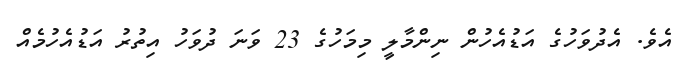
އެވެ. އެދުވަހުގެ އަޑުއެހުން ނިންމާލީ މިމަހުގެ 23 ވަނަ ދުވަހު އިތުރު އަޑުއެހުމެއް